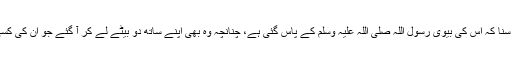
[راوی کہتا ہے کہ ] اس کے شوہر [عبد الرحمن بن زبیر قرظی]نے سنا کہ اس کی بیوی رسول اللہ صلی اللہ علیہ وسلم کے پاس گئی ہے، چنانچہ وہ بھی اپنے ساتھ دو بیٹے لے کر آ گئے جو ان کی کسی اور بیوی کے بطن سے تھے، ان کی بیوی نے کہا: اللہ کی قسم !